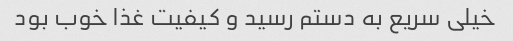
خیلی سریع به دستم رسید و کیفیت غذا خوب بود